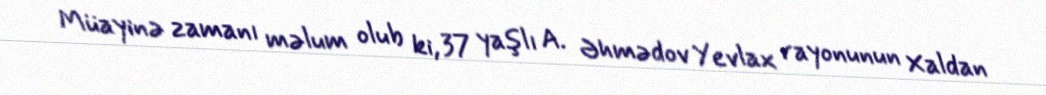
Müayinə zamanı məlum olub ki, 37 yaşlı A. Əhmədov Yevlax rayonunun Xaldan